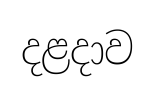
දළදාව